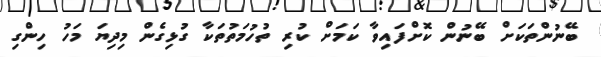
ބޭނުންތަކަށް ބޭނުން ކޮށްފައިވާ ކަމަށް ކުރި ތުހުމަތުތަކާ ގުޅިގެން މިދިޔަ މަހު ހިންގި